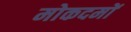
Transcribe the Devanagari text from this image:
मोकदमों